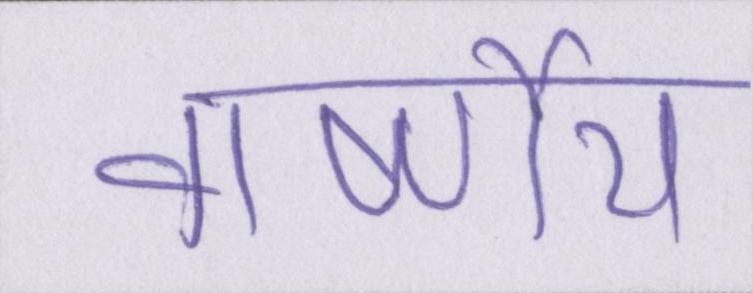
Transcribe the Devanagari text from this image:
वार्ष्णेय